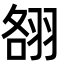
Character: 䎊